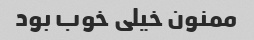
ممنون خیلی خوب بود